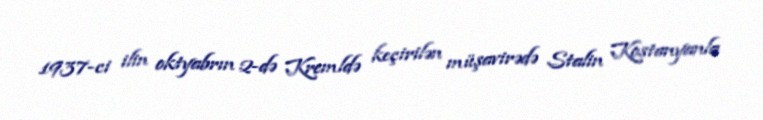
1937-ci ilin oktyabrın 2-də Kremldə keçirilən müşavirədə Stalin Kostanyanla